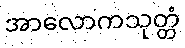
အာလောကသုတ္တံ